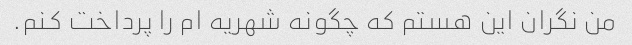
من نگران این هستم که چگونه شهریه ام را پرداخت کنم.